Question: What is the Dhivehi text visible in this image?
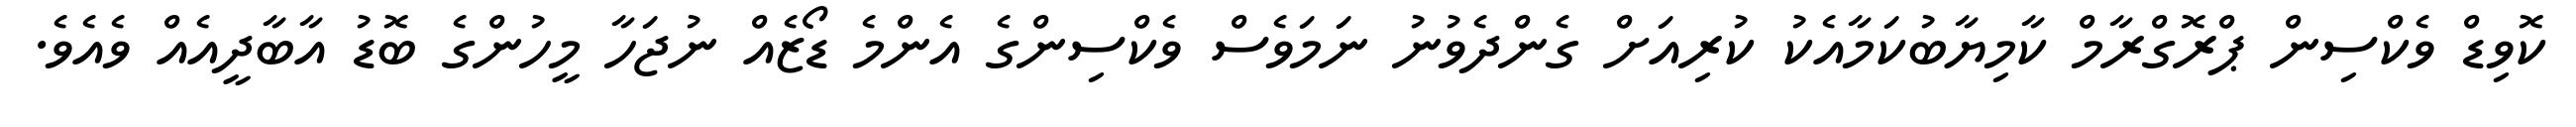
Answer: ކޮވިޑް ވެކްސިން ޕްރޮގްރާމް ކާމިޔާބުކަމާއެކު ކުރިއަށް ގެންދެވުނު ނަމަވެސް ވެކްސިންގެ އެންމެ ޑޯޒެއް ނުޖަހާ މީހުންގެ ބޮޑު އާބާދީއެއް ވެއެވެ.